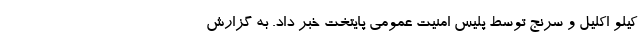
کیلو اکلیل و سرنج توسط پلیس امنیت عمومی پایتخت خبر داد. به گزارش